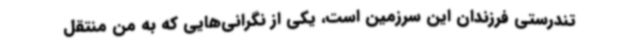
تندرستی فرزندان این سرزمین است، یکی از نگرانی‌هایی که به من منتقل